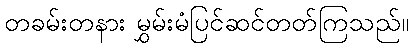
တခမ်းတနား မွှမ်းမံပြင်ဆင်တတ်ကြသည်။